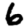
Digit: 6